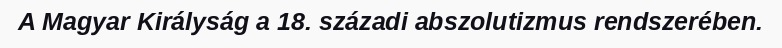
A Magyar Királyság a 18. századi abszolutizmus rendszerében.